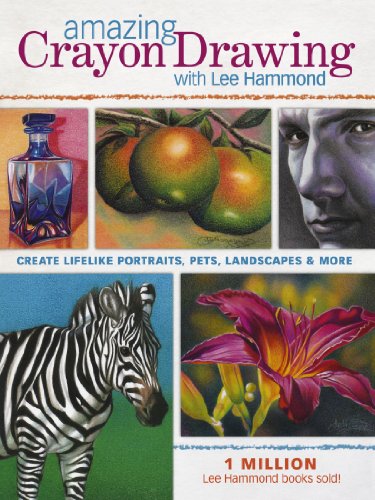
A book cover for Amazing Crayon Drawing With Lee Hammond: Create Lifelike Portraits, Pets, Landscapes and More; Lee Hammond; Arts & Photography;